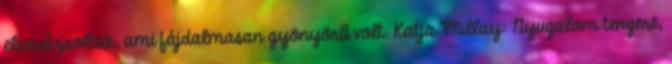
elvarázsoltak, ami fájdalmasan gyönyörű volt. Katja Millay: Nyugalom tengere,